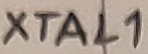
Text: XTAL1